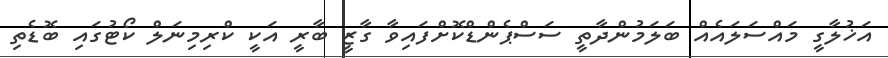
އަޚުލާގީ މައްސަލައެއް ބަލަމުންދާތީ ސަސްޕެންޑްކޮށްފައިވާ ގާޒީ ބާރީ އަކީ ކްރިމިނަލް ކޯޓުގައި ބޮޑެތި